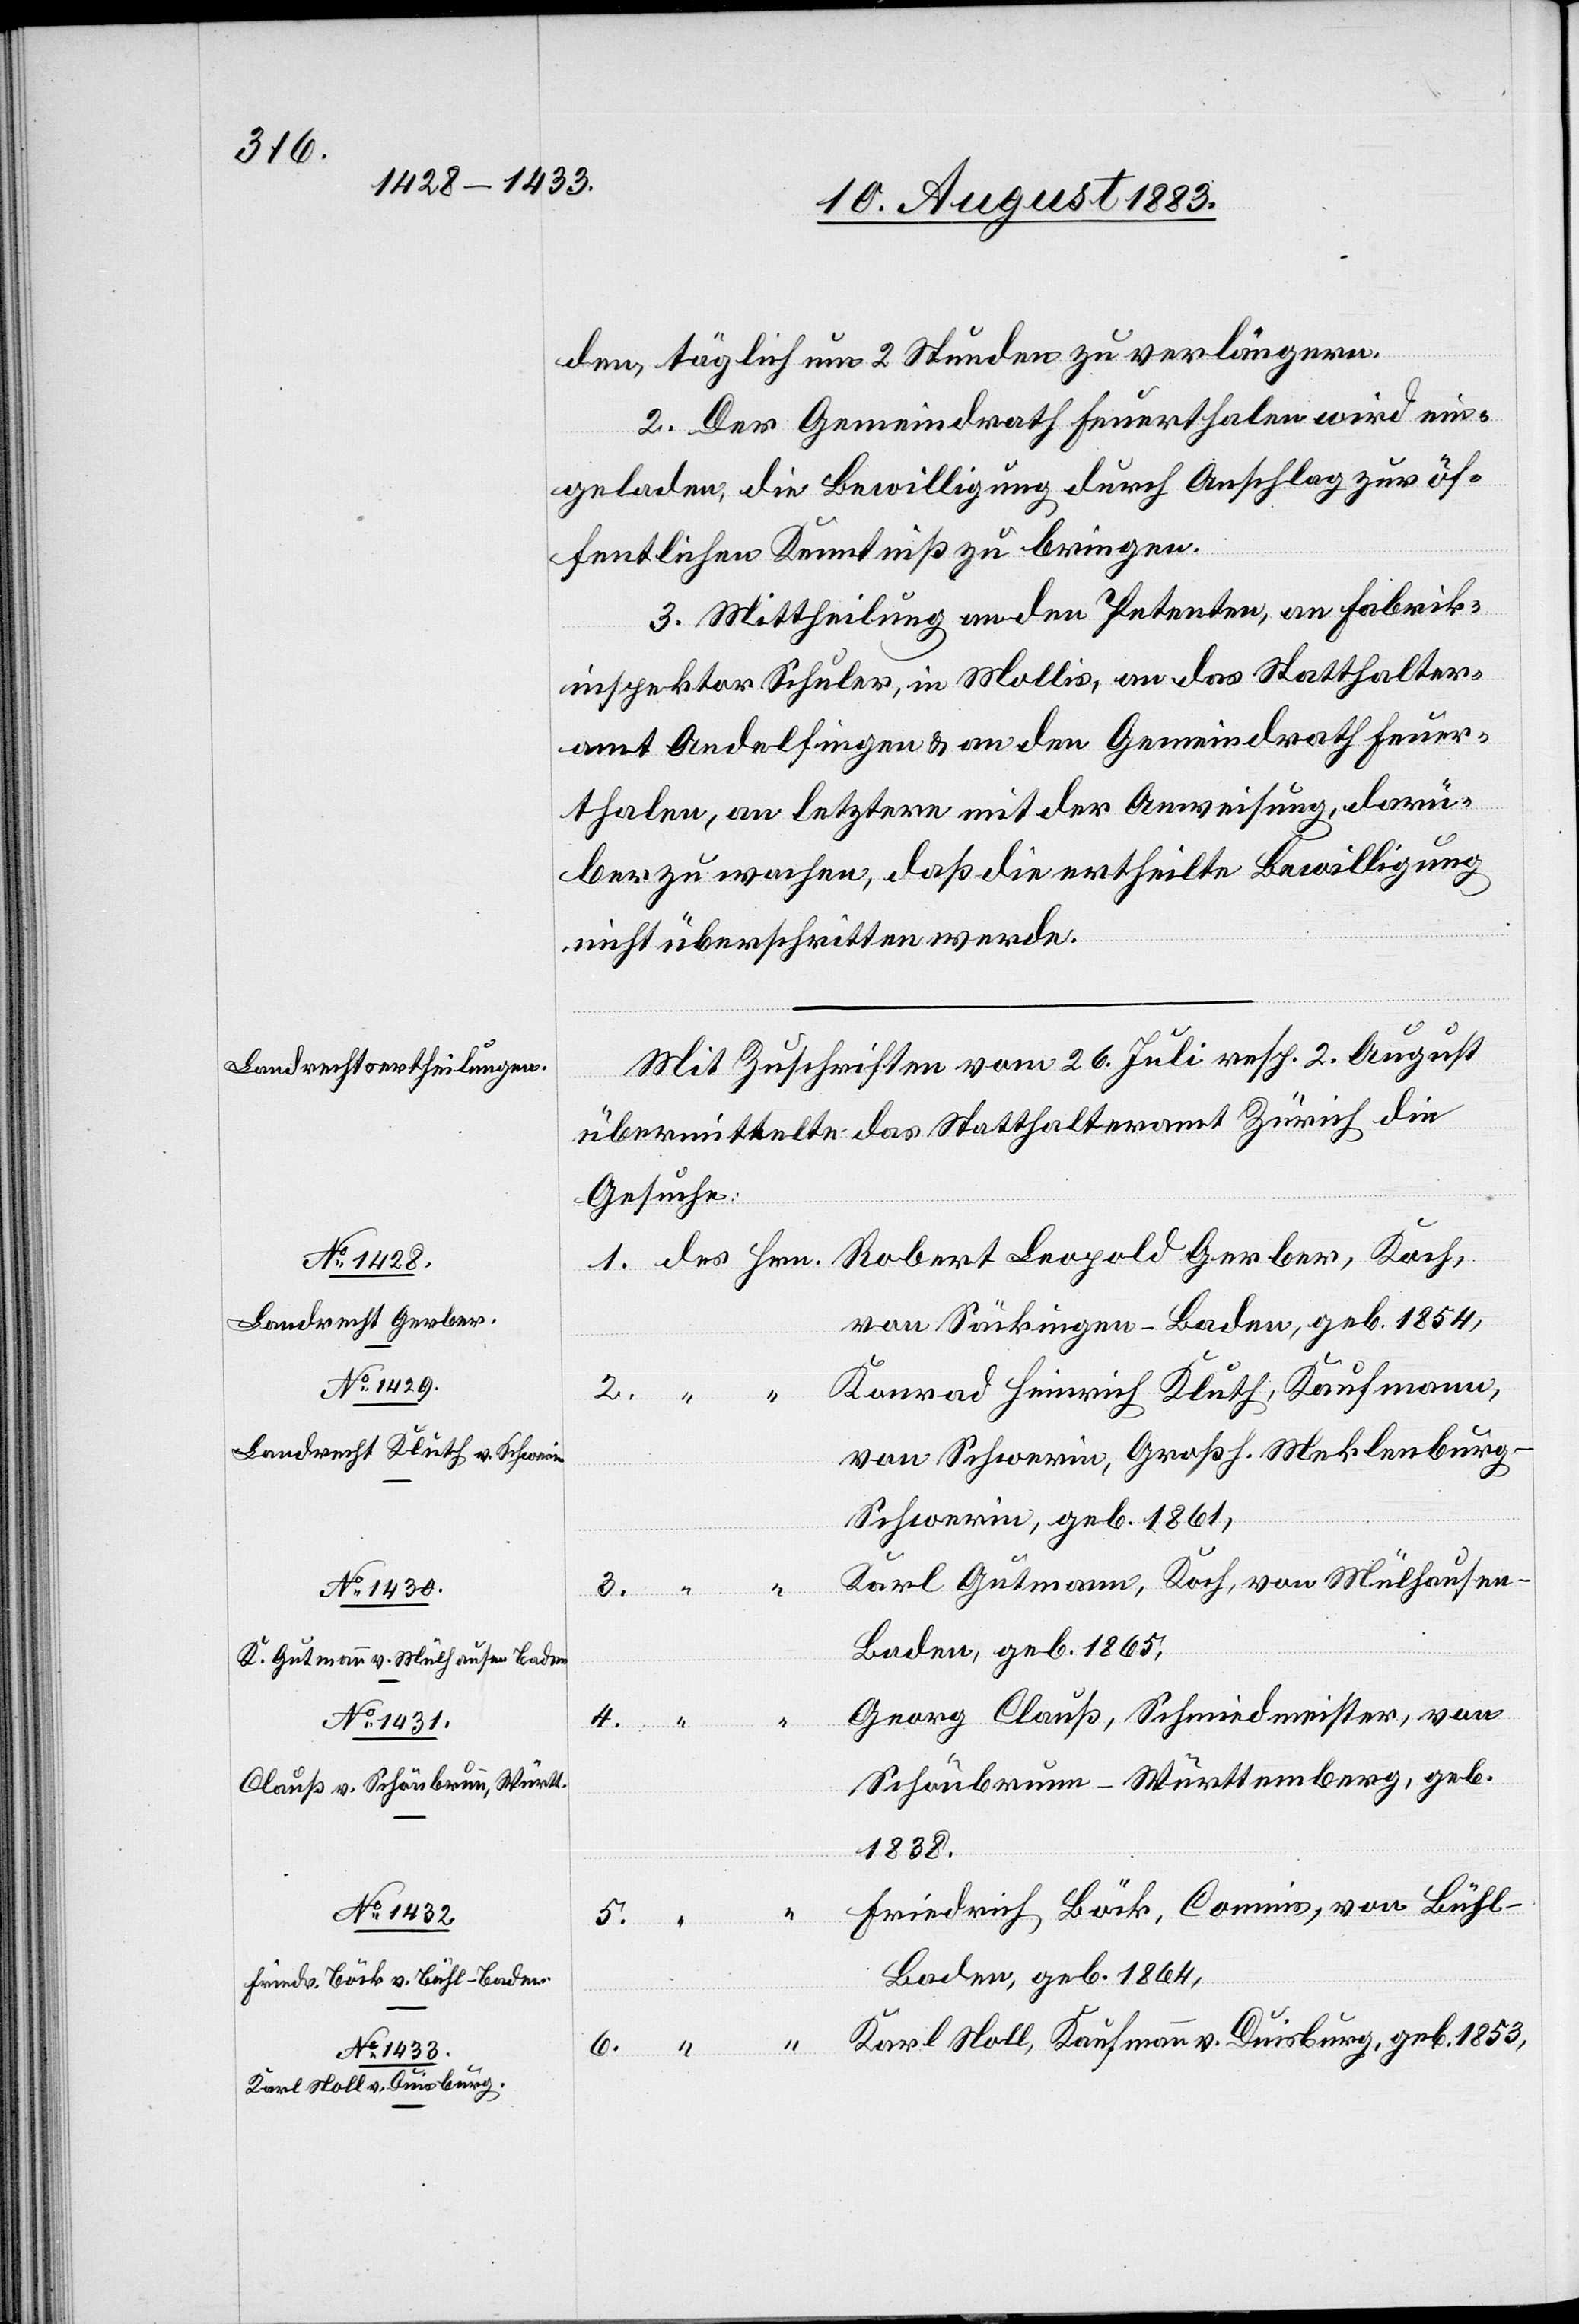
den, täglich um 2 Stunden zu verlängern.
2. Der Gemeindrath Feuerthalen wird ein¬
geladen, die Bewilligung durch Anschlag zur öf¬
fentlichen Kenntniß zu bringen.
3. Mittheilung an den Petenten, an Fabrik¬
inspektor Schuler, in Mollis, an das Statthalter¬
amt Andelfingen & an den Gemeindrath Feuer¬
thalen, an letztere mit der Anweisung, darü¬
ber zu wachen, daß die ertheilte Bewilligung
nicht überschritten werde.
Mit Zuschrift vom 26. Juli resp. 2. August
übermittelte das Statthalteramt Zürich die
Gesuche:
von Säckingen - Baden, geb. 1854,
Konrad Heinrich Kluth, Kaufmann,
2.
von Schwerin, Großh. Mecklenbur¬
g-Schwerin, geb. 1861,
Karl Gutmann, Koch, von Mühlhausen
6.
Baden, geb. 1865,
Georg Clauß, Schmiedmeister, von
Schönbrunn - Württemberg, geb.
1838.
Friedrich Böck, Commis, von Bühl
5.
Baden, geb. 1864,
Karl Noll, Kaufmann v. Duisburg, geb. 1853
1.
4.